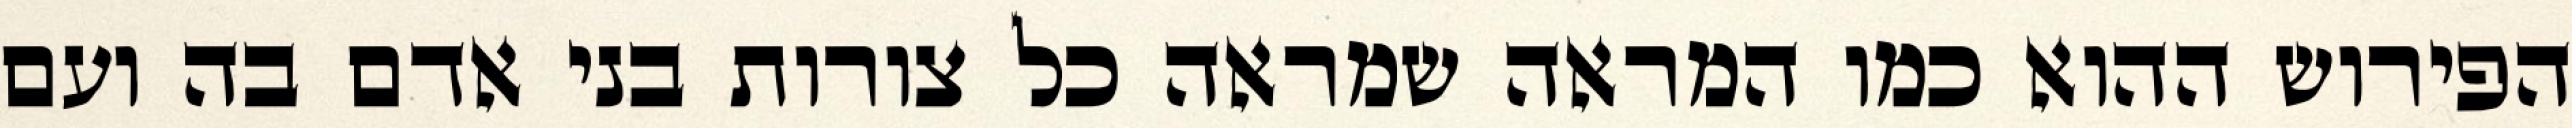
הפירוש ההוא כמו המראה שמראה כל צורות בני אדם בה ועם